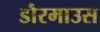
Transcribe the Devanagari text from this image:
डौरमाउस